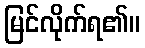
မြင်လိုက်ရ၏။